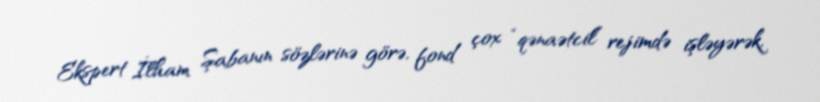
Ekspert İlham Şabanın sözlərinə görə, fond çox “qənaətcil” rejimdə işləyərək,